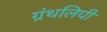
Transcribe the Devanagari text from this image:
ग्रंथलिपी